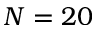
N = 2 0